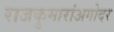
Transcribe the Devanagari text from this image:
राजकुमारांअगोदर